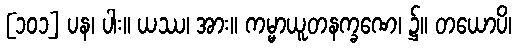
[၁၀၁] ပန၊ ပါး။ ယဿ၊ အား။ ကမ္မာယူတနက္ခဏေ၊ ၌။ တယောပိ၊